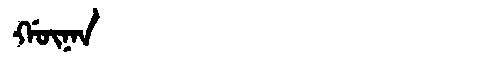
Manchu: ᡤᡡᠨᠠᠨ
Romanization: GŪNAN